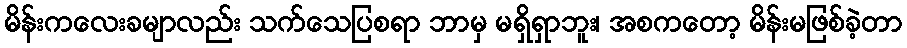
မိန်းကလေးခမျာလည်း သက်သေပြစရာ ဘာမှ မရှိရှာဘူး၊ အစကတော့ မိန်းမဖြစ်ခဲ့တာ